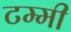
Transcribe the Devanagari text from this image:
टम्मी